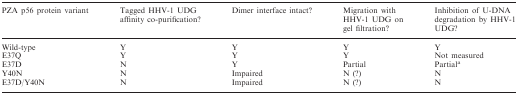
<table><thead><tr><td><b>PZA p56 protein variant</b></td><td><b>Tagged HHV-1 UDG affinity co-purification?</b></td><td><b>Dimer interface intact?</b></td><td><b>Migration with HHV-1 UDG on gel filtration?</b></td><td><b>Inhibition of U-DNA degradation by HHV-1 UDG?</b></td></tr></thead><tbody><tr><td>Wild-type</td><td>Y</td><td>Y</td><td>Y</td><td>Y</td></tr><tr><td>E37Q</td><td>Y</td><td>Y</td><td>Y</td><td>Not measured</td></tr><tr><td>E37D</td><td>N</td><td>Y</td><td>Partial</td><td>Partial<sup>a</sup></td></tr><tr><td>Y40N</td><td>N</td><td>Impaired</td><td>N (?)</td><td>N</td></tr><tr><td>E37D/Y40N</td><td>N</td><td>Impaired</td><td>N (?)</td><td>N</td></tr></tbody></table>